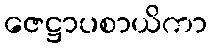
ဇေဋ္ဌာပစာယိကာ